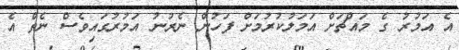
އެ އަމުރު ގެ މައްޗަށް އަމަލުކުރުމަށް ފަހުން ނެރުނު އަމުރުގައިވެސް ނެތް އެ